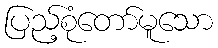
ပြည့်စုံတော်မူသော